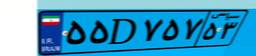
۶۴D۱۴۷۳۲